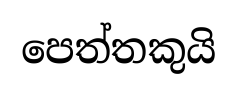
පෙත්තකුයි